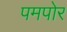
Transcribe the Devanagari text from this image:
पमपोर